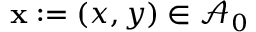
\mathbf { x } : = ( x , y ) \in \mathcal { A } _ { 0 }